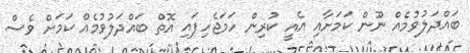
ބައްދަލުވުމެއް ނޫން ކަމަށާއި އެއީ ކުރިން ހަމަޖެހިފައި އޮތް ބައްދަލުވުމެއް ކަމަށް ވެސް